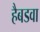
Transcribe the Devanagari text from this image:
हैबडवा